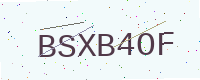
Text: BSXB4OF